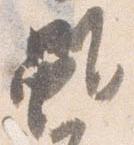
雖